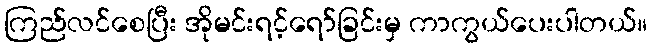
ကြည်လင်စေပြီး အိုမင်းရင့်ရော်ခြင်းမှ ကာကွယ်ပေးပါတယ်။